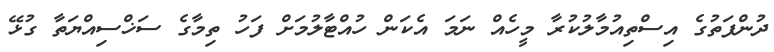
ދުންފަތުގެ އިސްތިއުމާލުކުރާ މީހެއް ނަމަ އެކަން ހުއްޓާލުމަށް ފަހު ތިމާގެ ސަޚްސިއްޔަތާ ގުޅޭ